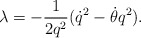
\begin{align*}\lambda = - \frac {1}{2q^2}({\dot q}^2 - \dot\theta q^2).\end{align*}